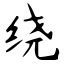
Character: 绕